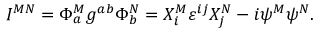
I ^ { M N } = \Phi _ { a } ^ { M } g ^ { a b } \Phi _ { b } ^ { N } = X _ { i } ^ { M } \varepsilon ^ { i j } X _ { j } ^ { N } - i \psi ^ { M } \psi ^ { N } .